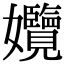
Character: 𡤱